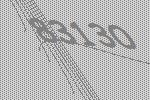
83130